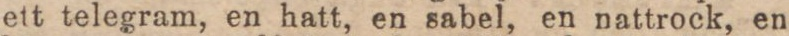
ett telegram, en hatt, en sabel, en nattrock, en